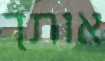
אותך